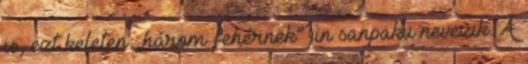
is, ezt keleten „három fehérnek” jin sanpaku nevezik. A